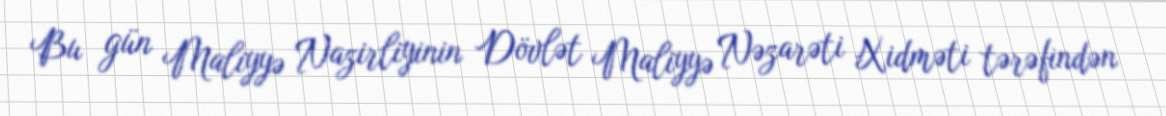
Bu gün Maliyyə Nazirliyinin Dövlət Maliyyə Nəzarəti Xidməti tərəfindən